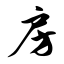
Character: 房